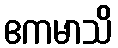
ဧကမာသိ